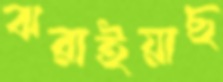
ঝরাইয়াছ